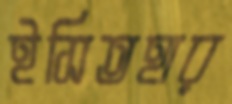
ইসিতহার